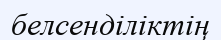
белсенділіктің